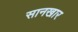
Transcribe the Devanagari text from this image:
सानखार